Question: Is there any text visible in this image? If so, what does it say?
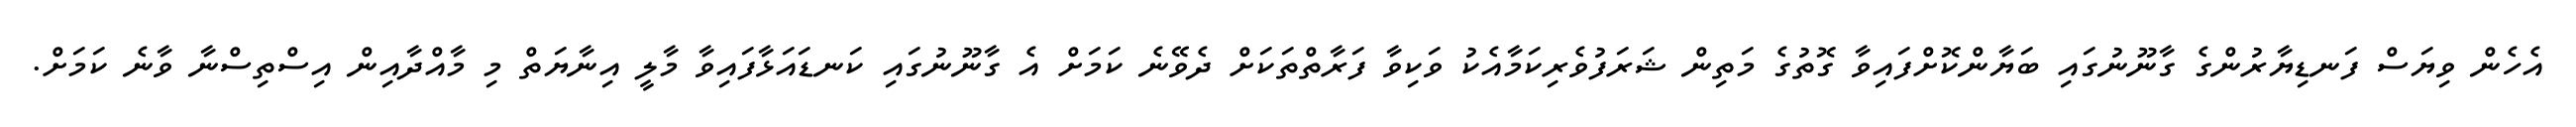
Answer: އެހެން ވިޔަސް ފަނޑިޔާރުންގެ ގާނޫނުގައި ބަޔާންކޮށްފައިވާ ގޮތުގެ މަތިން ޝަރަފުވެރިކަމާއެކު ވަކިވާ ފަރާތްތަކަށް ދެވޭނެ ކަމަށް އެ ގާނޫނުގައި ކަނޑައަޅާފައިވާ މާލީ އިނާޔަތް މި މާއްދާއިން އިސްތިސްނާ ވާނެ ކަމަށް.